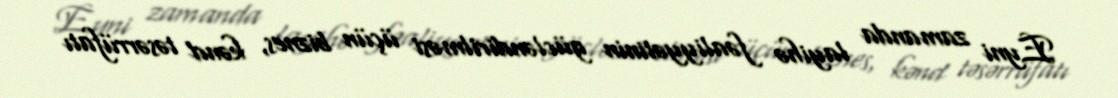
Eyni zamanda layihə fəaliyyətinin gücləndirilməsi üçün biznes, kənd təsərrüfatı